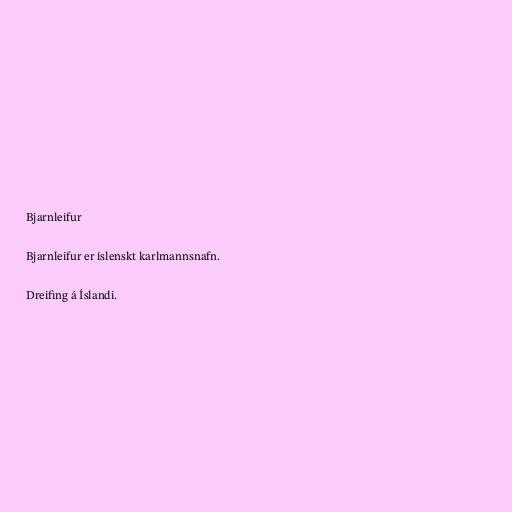
Bjarnleifur

Bjarnleifur er íslenskt karlmannsnafn.

Dreifing á Íslandi.